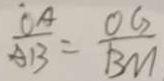
\frac { O A } { A B } = \frac { O G } { B M }